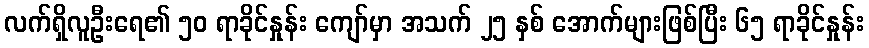
လက်ရှိလူဦးရေ၏ ၅၀ ရာခိုင်နှုန်း ကျော်မှာ အသက် ၂၅ နှစ် အောက်များဖြစ်ပြီး ၆၅ ရာခိုင်နှုန်း